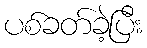
ပစ်ခတ်ခဲ့ပြီး